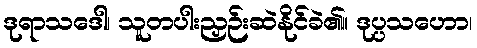
ဒုရာသဒေါ၊ သူတပါးညှဉ်းဆဲနိုင်ခဲ၏။ ဒုပ္ပသဟော၊